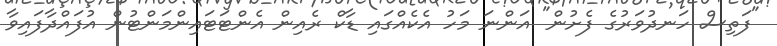
"ފަތިސް ހަނދުވަރުގެ ފެށުން" އަންނަ މަހު އެކެއްގައި ޑާކް ރެއިން އެންޓަޓައިންމަންޓުން އުފައްދާފައިވާ